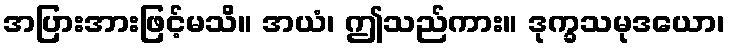
အပြားအားဖြင့်မသိ။ အယံ၊ ဤသည်ကား။ ဒုက္ခသမုဒယော၊